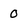
Character: O